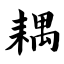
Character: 耦